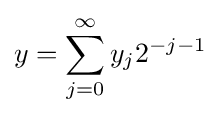
y=\sum _{j=0}^{\infty }y_{j}2^{-j-1}